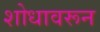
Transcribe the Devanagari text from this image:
शोधावरून